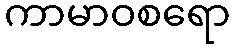
ကာမာဝစရော